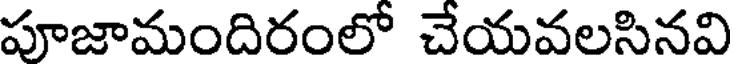
పూజామందిరంలో చేయవలసినవి